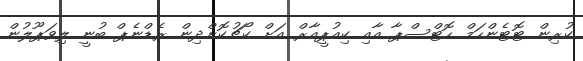
ކުރިން ޓޮޓެންހަމް ހޮޓްސްޕާ އާއި ކިއުޕީއާރް އަށް ކޯޗުކޮށްދިން ރެޑްނެޕް ބުނީ ލިވަޕޫލުން